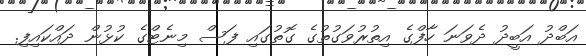
އަބްދު އަބީދު ދެވަނަ ހާފްގެ އިތުރުވަގުތުގެ ގޮތުގައި ފަސް މިނެޓްގެ ކުޅުން ދައްކައިފި.